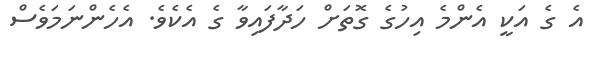
އެ ގެ އަކީ އެންމެ އިހުގެ ގޮތަށް ހަދާފައިވާ ގެ އެކެވެ. އެހެންނަމަވެސް